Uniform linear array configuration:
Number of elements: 16
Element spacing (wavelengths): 0.5
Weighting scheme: exponential
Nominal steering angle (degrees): -30
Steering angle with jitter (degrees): -28.829
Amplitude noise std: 0.05
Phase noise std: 0.05

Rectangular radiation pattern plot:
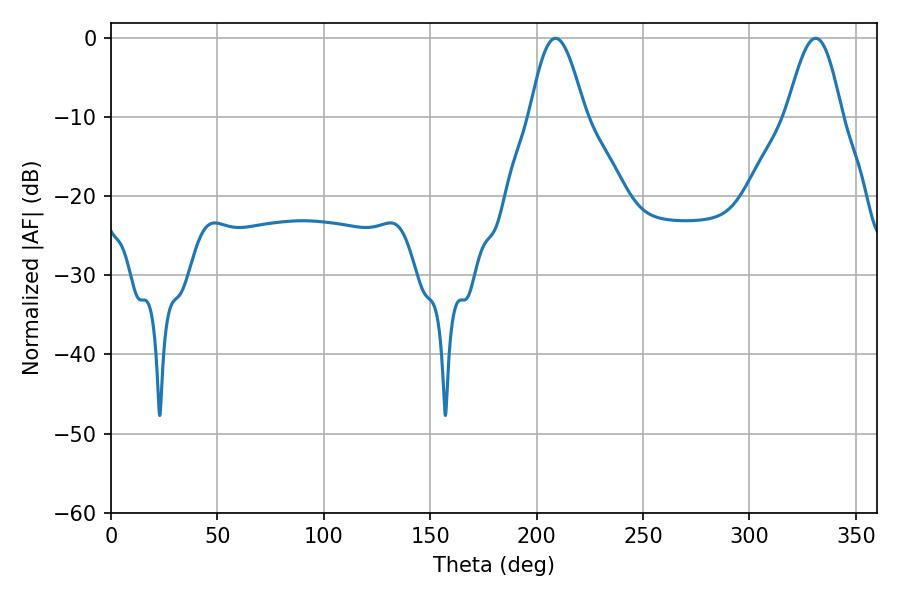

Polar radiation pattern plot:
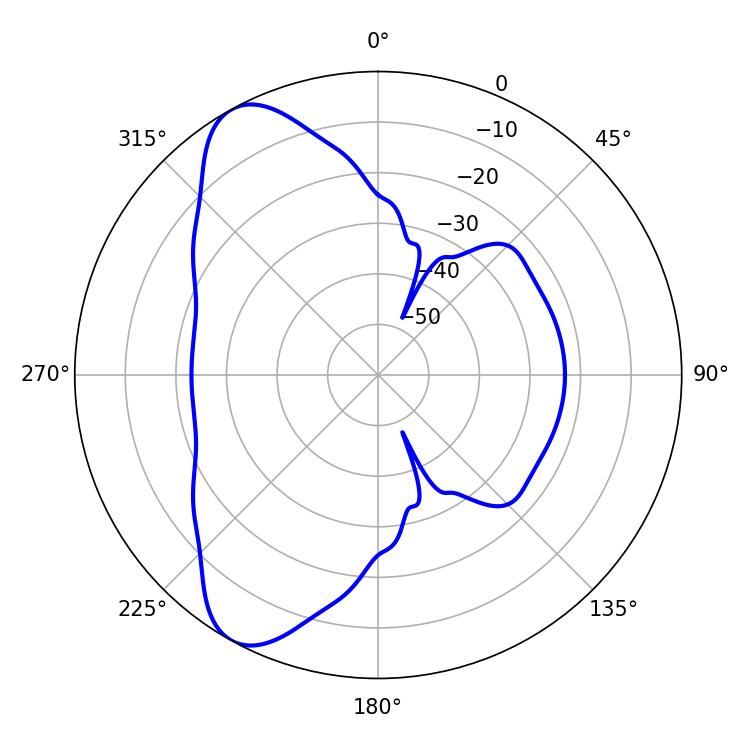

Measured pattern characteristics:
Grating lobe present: FALSE
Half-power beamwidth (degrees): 13.86
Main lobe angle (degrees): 208.8